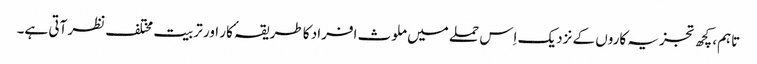
تاہم، کچھ تجزیہ کاروں کے نزدیک اِس حملے میں ملوث افراد کا طریقہٴ کار اور تربیت مختلف نظر آتی ہے۔